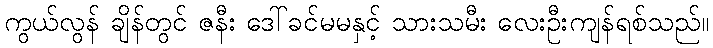
ကွယ်လွန် ချိန်တွင် ဇနီး ဒေါ်ခင်မမနှင့် သားသမီး လေးဦးကျန်ရစ်သည်။